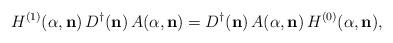
LaTeX: \begin{align*} H^{(1)}({\alpha},{\bf n})\,D^{\dagger}({\bf n})\,A({\alpha},{\bf n})=D^{\dagger}({\bf n})\,A({\alpha},{\bf n})\,H^{(0)}({\alpha},{\bf n}),\end{align*}